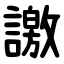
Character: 譤